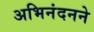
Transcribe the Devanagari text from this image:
अभिनंदनने